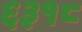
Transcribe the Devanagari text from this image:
६३१८